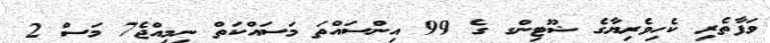
ވަފާތެރި ކެހިވެރިޔާގެ ޝޫޓިންގ ގެ 99 އިންސައްތަ މަސައްކަތް ނިމިއްޖެ7 މަސް 2